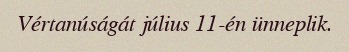
Vértanúságát július 11-én ünneplik.